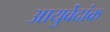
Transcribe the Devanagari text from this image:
आयुर्वेदांक